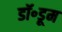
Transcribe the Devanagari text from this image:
डॉ॰डूम